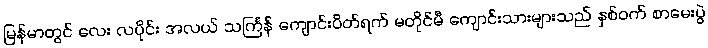
မြန်မာတွင် လေး လပိုင်း အလယ် သင်္ကြန် ကျောင်းပိတ်ရက် မတိုင်မီ ကျောင်းသားများသည် နှစ်ဝက် စာမေးပွဲ